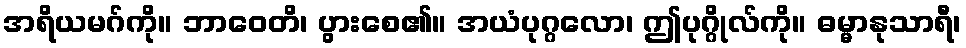
အရိယမဂ်ကို။ ဘာဝေတိ၊ ပွားစေ၏။ အယံပုဂ္ဂလော၊ ဤပုဂ္ဂိုလ်ကို။ ဓမ္မာနုသာရီ၊